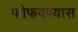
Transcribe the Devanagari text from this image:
फोफवण्यास